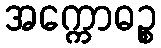
အက္ကောဓဉ္စ